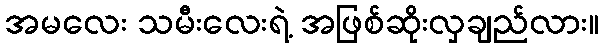
အမလေး သမီးလေးရဲ့ အဖြစ်ဆိုးလှချည်လား။